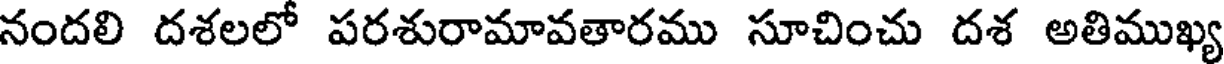
నందలి దశలలో పరశురామావతారము సూచించు దశ అతిముఖ్య